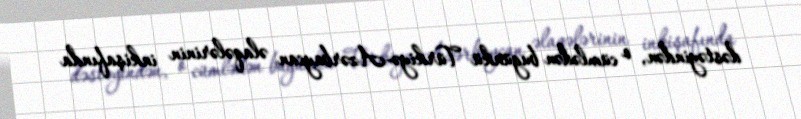
dəstəyindən, o cümlədən bugünkü Türkiyə-Azərbaycan əlaqələrinin inkişafında